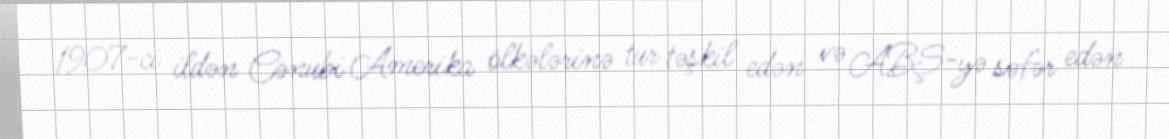
1907-ci ildən Cənubi Amerika ölkələrinə tur təşkil edən və ABŞ-yə səfər edən